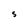
Character: S